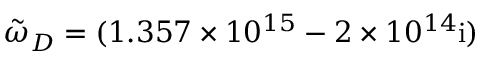
\tilde { \omega } _ { D } = ( 1 . 3 5 7 \times 1 0 ^ { 1 5 } - 2 \times 1 0 ^ { 1 4 } \mathrm { { i } ) }